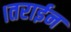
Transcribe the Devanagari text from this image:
।तराईन